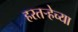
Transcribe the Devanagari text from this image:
हरतर्‍हेच्या